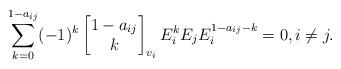
LaTeX: \begin{align*} \sum_{k=0}^{1-a_{ij}} (-1)^{k} \left[\begin{matrix} 1-a_{ij}\\k\end{matrix}\right]_{v_{i}} E_{i}^{k}E_{j}E_{i}^{1-a_{ij}-k}=0,i\neq j.\end{align*}